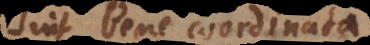
sint bene coordinata,